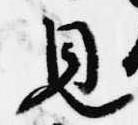
見